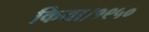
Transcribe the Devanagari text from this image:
किया।१९५०